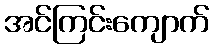
အင်ကြင်းကျောက်